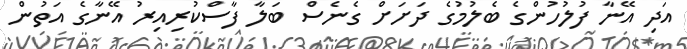
އަދި އޭނާ ފުލުހުންގެ ބެލުމުގެ ދަށަށް ގެނެސް ބަލާ ފާސްކުރިއިރު އޭނާގެ އަތުން